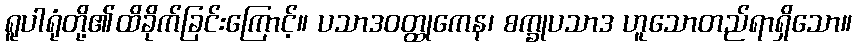
ရူပါရုံတို့၏ထိခိုက်ခြင်းကြောင့်။ ပသာဒဝတ္ထုကေန၊ စက္ခုပသာဒ ဟူသောတည်ရာရှိသော။